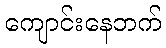
ကျောင်းနေဘက်